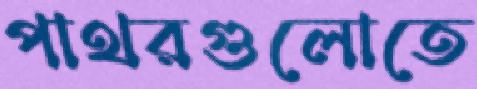
পাথরগুলোতে